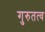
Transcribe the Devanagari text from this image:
गुरुतत्व